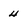
Character: 4